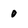
Character: 0